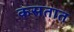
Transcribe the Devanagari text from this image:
कसतात